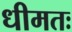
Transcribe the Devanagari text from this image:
धीमतः